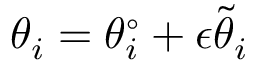
\theta _ { i } = \theta _ { i } ^ { \circ } + \epsilon \tilde { \theta } _ { i }